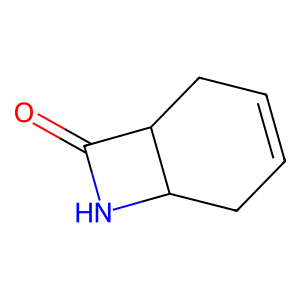
SMILES: O=C1NC2CC=CCC12
Inhibits HIV replication: No